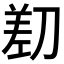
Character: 𱐡